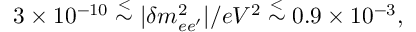
3 \times 1 0 ^ { - 1 0 } \stackrel { < } { \sim } | \delta m _ { e e ^ { \prime } } ^ { 2 } | / e V ^ { 2 } \stackrel { < } { \sim } 0 . 9 \times 1 0 ^ { - 3 } ,